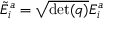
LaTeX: { \tilde { E } } _ { i } ^ { a } = { \sqrt { \operatorname* { d e t } ( q ) } } E _ { i } ^ { a }